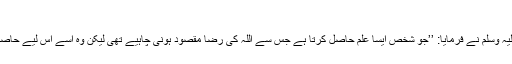
باب کراھیۃ منع العلم 3658)
ابو ہریرہ رضی اللہ عنہ سے روایت ہے رسول اللہ صلی اللہ علیہ وسلم نے فرمایا: ’’جو شخص ایسا علم حاصل کرتا ہے جس سے اللہ کی رضا مقصود ہونی چاہیے تھی لیکن وہ اسے اس لیے حاصل کرتا ہے تاکہ اس کے ذریعے اسے دنیا کا سامان مل جائے۔